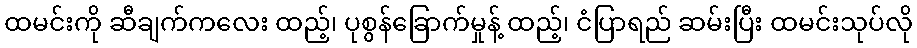
ထမင်းကို ဆီချက်ကလေး ထည့်၊ ပုစွန်ခြောက်မှုန့် ထည့်၊ ငံပြာရည် ဆမ်းပြီး ထမင်းသုပ်လို